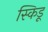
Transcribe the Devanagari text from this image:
स्किडू